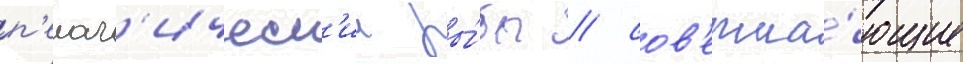
п'елаг'ическ'ие ры́бы / сов'ерша́ющие